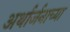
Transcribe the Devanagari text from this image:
अर्थार्जनाच्या